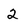
Character: 2